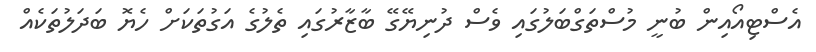
އެސްޓިއޯއިން ބުނީ މުސްތަގްބަލުގައި ވެސް ދުނިޔޭގޭ ބާޒާރުގައި ތެލުގެ އަގުތަކަށް ހެޔޮ ބަދަލުތަކެއް